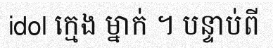
idol ក្មេង ម្នាក់ ។ បន្ទាប់ពី